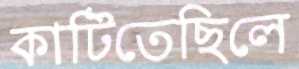
কাটিতেছিলে